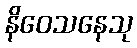
နိဝေသနေသု